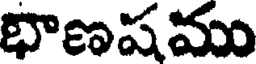
భాణషము